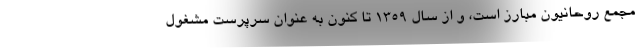
مجمع روحانیون مبارز است، و از سال 1359 تا کنون به عنوان سرپرست مشغول